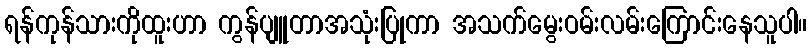
ရန်ကုန်သားကိုထူးဟာ ကွန်ပျူတာအသုံးပြုကာ အသက်မွေးဝမ်းလမ်းကြောင်းနေသူပါ။